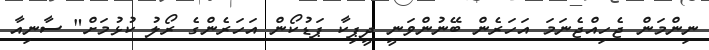
ނިންމަން ޖެހިއްޖެނަމަ އަހަރެން ބޭނުންވަނީ ދީޕިކާ ޕަޑުކޯން އަހަރެންގެ ރޯލު ކުޅުމަށް" ސާނިއާ